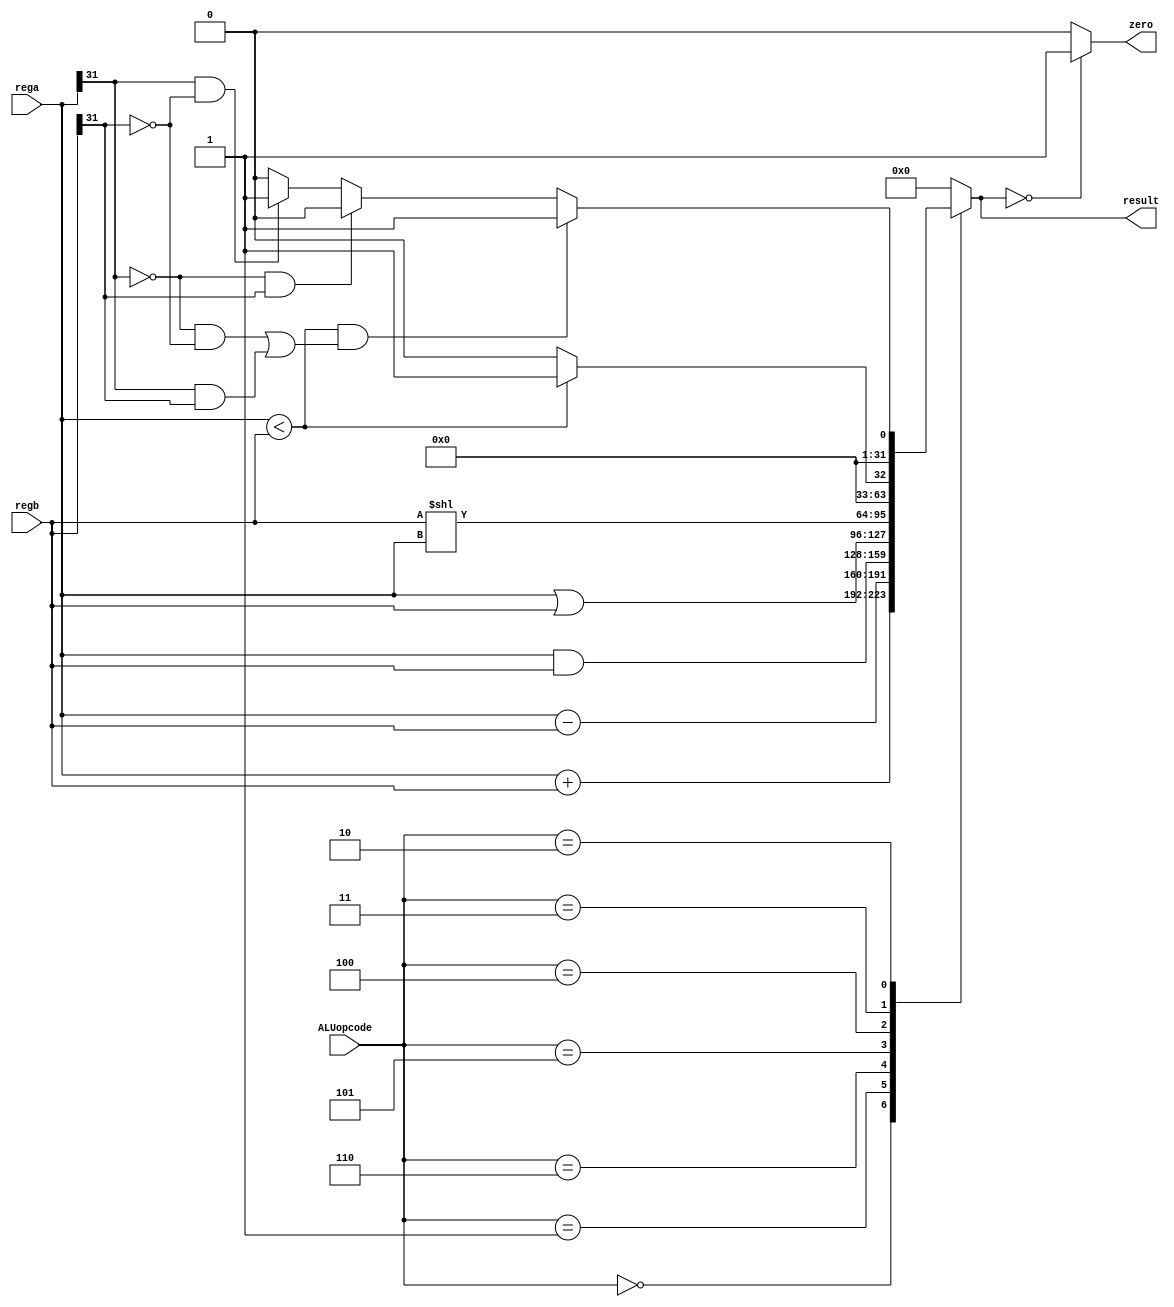
module ALU32(
    input [2:0] ALUopcode,
    input [31:0] rega,
    input [31:0] regb,
    output reg [31:0] result,
    output wire zero
    ); 

   assign zero = (result==0)?1:0;
   always @( ALUopcode or rega or regb ) begin
      case (ALUopcode)
         3'b000 : result = rega + regb;
         3'b001 : result = rega - regb;
         3'b110 : result = rega & regb;
         3'b101 : result = rega | regb;
         3'b100 : result = regb << rega;
         3'b011 : result = (rega < regb)?1:0;	
         3'b010 : begin 
         if (rega<regb &&(( rega[31] == 0 && regb[31]==0)  || (rega[31] == 1 && regb[31]==1)))  result = 1;
         else if (rega[31] == 0 && regb[31]==1)  result = 0;
         else if ( rega[31] == 1 && regb[31]==0)  result = 1;
         else result = 0;  
         end
      default : begin
         result = 8'h00000000;
         $display (" no match");
        end
     endcase
   end
endmodule